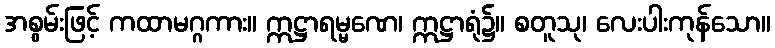
အစွမ်းဖြင့် ကထာမဂ္ဂကား။ ဣဋ္ဌာရမ္မဏေ၊ ဣဋ္ဌာရုံ၌။ စတူသု၊ လေးပါးကုန်သော။